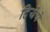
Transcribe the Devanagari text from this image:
दियेपे